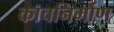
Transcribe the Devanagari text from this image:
काचनिर्माण